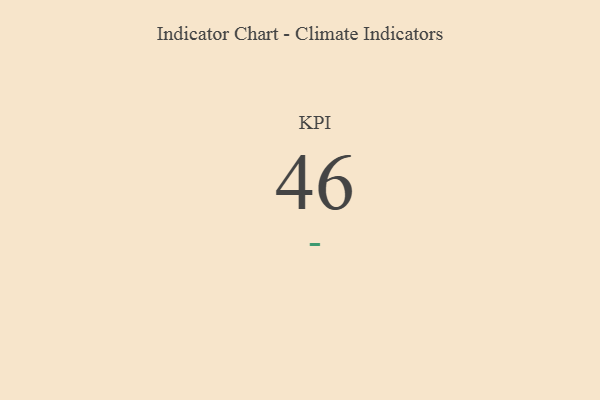
{"axis": {"x": "KPI", "y": "Value"}, "legend": [""], "data": [{"x": "KPI", "y": 46, "type": ""}]}